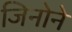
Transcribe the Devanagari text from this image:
जिनोने